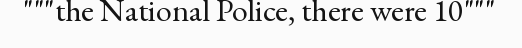
"""the National Police, there were 10"""